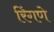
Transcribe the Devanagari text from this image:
रिंगणे